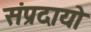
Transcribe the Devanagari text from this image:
संप्रदायो